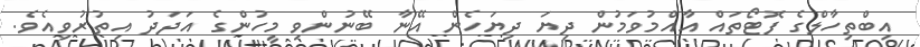
އިބްތިހާލްގެ ފޮޓޯތައް އާއްމުވަމުން ދިޔަ ދިޔަހެން އޭނާ ބޭނުންވި މީހުންގެ އަދަދު އިތުރުވިއެވެ.